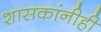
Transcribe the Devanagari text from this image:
शासकांनीही